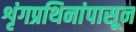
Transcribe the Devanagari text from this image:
शृंगप्रथिनांपासून